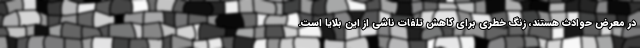
در معرض حوادث هستند، زنگ خطری برای کاهش تلفات ناشی از این بلایا است.